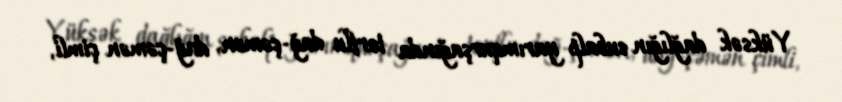
Yüksək dağlığın subalp yarımqurşağında torflu dağ-çəmən, dağ-çəmən çimli,